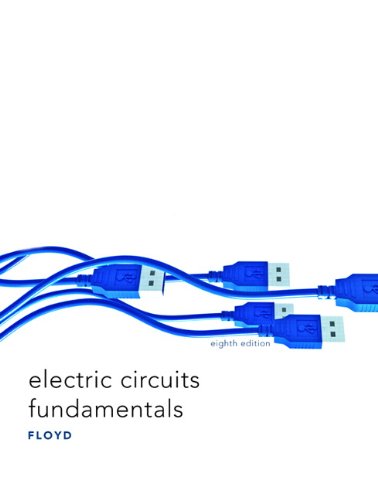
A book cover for Electric Circuits Fundamentals (8th Edition); Thomas L. Floyd; Business & Money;